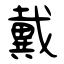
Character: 戴